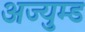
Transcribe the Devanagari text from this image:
अज्युम्ड